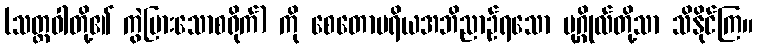
(သတ္တဝါတို့၏ ကွဲပြားသောစရိုက်) ကို စေတောပရိယအဘိညာဉ်ရသော ပုဂ္ဂိုလ်တို့သာ သိနိုင်ကြ။